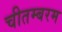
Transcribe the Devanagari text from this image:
चीतम्बरम